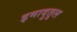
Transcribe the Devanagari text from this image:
इमादुतुल